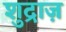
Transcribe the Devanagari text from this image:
शुद्राज़